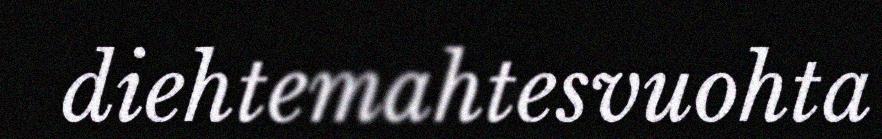
diehtemahtesvuohta